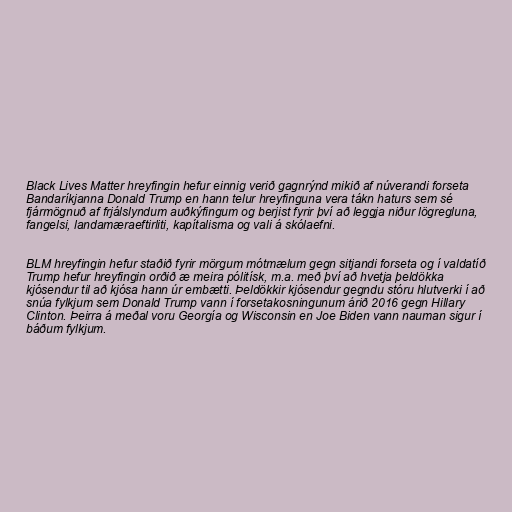
Black Lives Matter hreyfingin hefur einnig verið gagnrýnd mikið af núverandi forseta
Bandaríkjanna Donald Trump en hann telur hreyfinguna vera tákn haturs sem sé
fjármögnuð af frjálslyndum auðkýfingum og berjist fyrir því að leggja niður lögregluna,
fangelsi, landamæraeftirliti, kapítalisma og vali á skólaefni.

BLM hreyfingin hefur staðið fyrir mörgum mótmælum gegn sitjandi forseta og í valdatíð
Trump hefur hreyfingin orðið æ meira pólitísk, m.a. með því að hvetja þeldökka
kjósendur til að kjósa hann úr embætti. Þeldökkir kjósendur gegndu stóru hlutverki í að
snúa fylkjum sem Donald Trump vann í forsetakosningunum árið 2016 gegn Hillary
Clinton. Þeirra á meðal voru Georgía og Wisconsin en Joe Biden vann nauman sigur í
báðum fylkjum.